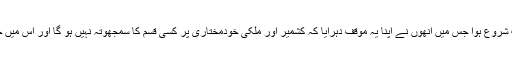
اس کے بعد قائد حزب اختلاف سید خورشید شاہ کا خطاب شروع ہوا جس میں انھوں نے اپنا یہ موقف دہرایا کہ کشمیر اور ملکی خودمختاری پر کسی قسم کا سمجھوتہ نہیں ہو گا اور اس میں حکومت اور حزب اختلاف میں کوئی دو آرا نہیں ہوں گی۔